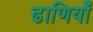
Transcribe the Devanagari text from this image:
ढाणियाँ